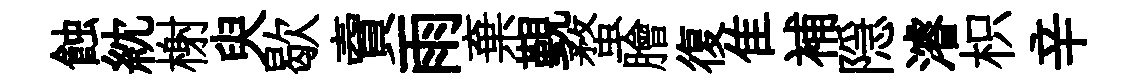
蝕紞榭臾歇𧶠雨棄覲蝥膾復隹補隠濬枳辛